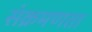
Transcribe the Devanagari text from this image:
संक्रमणता